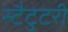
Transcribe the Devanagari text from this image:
स्टैटुटरी